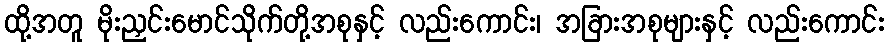
ထို့အတူ မိုးညှင်းမောင်သိုက်တို့အစုနှင့် လည်းကောင်း၊ အခြားအစုများနှင့် လည်းကောင်း